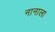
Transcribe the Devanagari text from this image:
नानाला